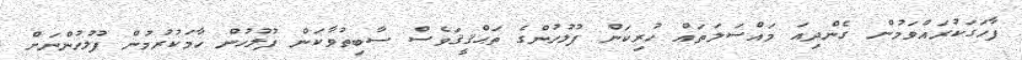
ފާހަގަކުރައްވަމުން ގެންދިއަ މައްސަލަތައް ހުރިކަން ފުލުހުންގެ ތަޙްޤީޤަވެސް ސާބިތުވާކަން ފުލުހުން ހާމަކުރުމުން ފުލުހުންނަށް